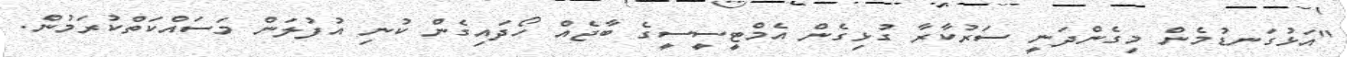
"އަޅުގަނޑުމެން މިގެންދަނީ ސަރުކާރާ ގުޅިގެން އެމްޓީސީސީގެ ބާޖެއް ހޯދައިގެން ކުނި އުފުލަން މަސައްކަތްކުރަމުން.